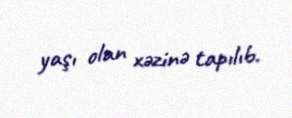
yaşı olan xəzinə tapılıb.